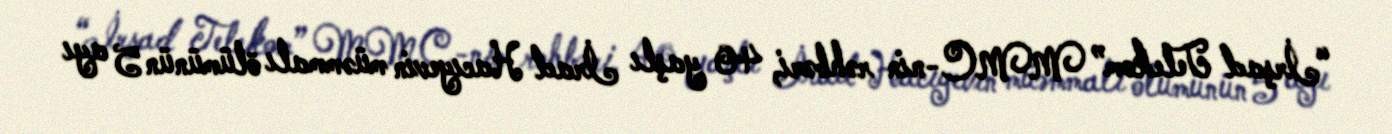
“İrşad Telekom” MMC-nin rəhbəri, 40 yaşlı İrad Hacıyevin müəmmalı ölümünün 5 ayı